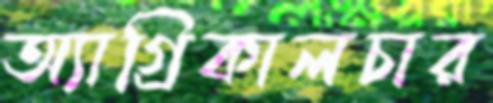
অ্যাগ্রিকালচার